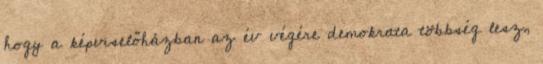
hogy a képviselőházban az év végére demokrata többség lesz,